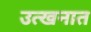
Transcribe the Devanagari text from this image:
उत्खनात